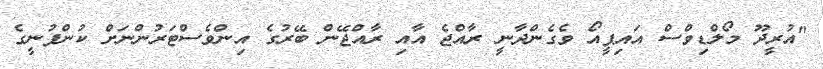
"އުރީދޫ މޯލްޑިވްސް އައިޕީއޯ ވެގެންދާނީ ރާއްޖެ އާއި ރާއްޖޭން ބޭރުގެ އިންވެސްޓަރުންނަށް ކުންފުނީގެ